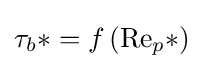
\tau _{b}*=f\left(\mathrm {Re} _{p}*\right)